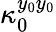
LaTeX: \kappa_{0}^{y_{0}y_{0}}